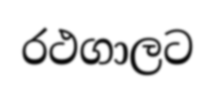
රථගාලට